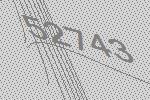
52743